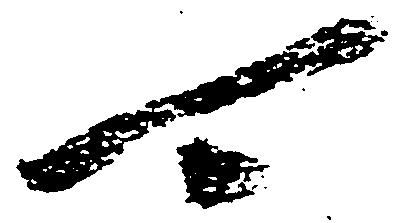
可